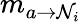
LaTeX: m_{a\rightarrow\mathcal{N}_{i}}